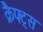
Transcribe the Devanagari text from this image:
क्रैफ्ट्स